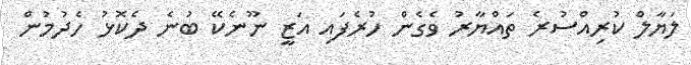
ލަޔާލް ކުރިއްސުރެ ތައްޔާރު ވެގެން ހުރެފައި އަޒީ ނޫނެކޭ ބުނެ ދެކޮޅު ހެދުމުން